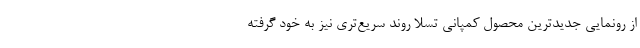
از رونمایی جدیدترین محصول کمپانی تسلا روند سریع‌تری نیز به خود گرفته